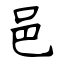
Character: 邑